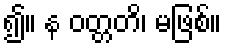
၍။ န ဝတ္တတိ၊ မဖြစ်။